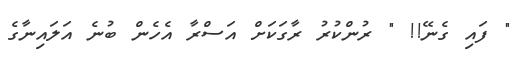
" ފައި ގެނޭ!! " ރުންކުރު ރާގަކަށް އަސްރާ އެހެން ބުނެ އަލައިނާގެ